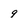
Character: 9